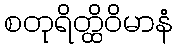
စတုရိတ္ထိဝိမာနံ